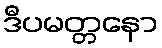
ဒီပမတ္တနော